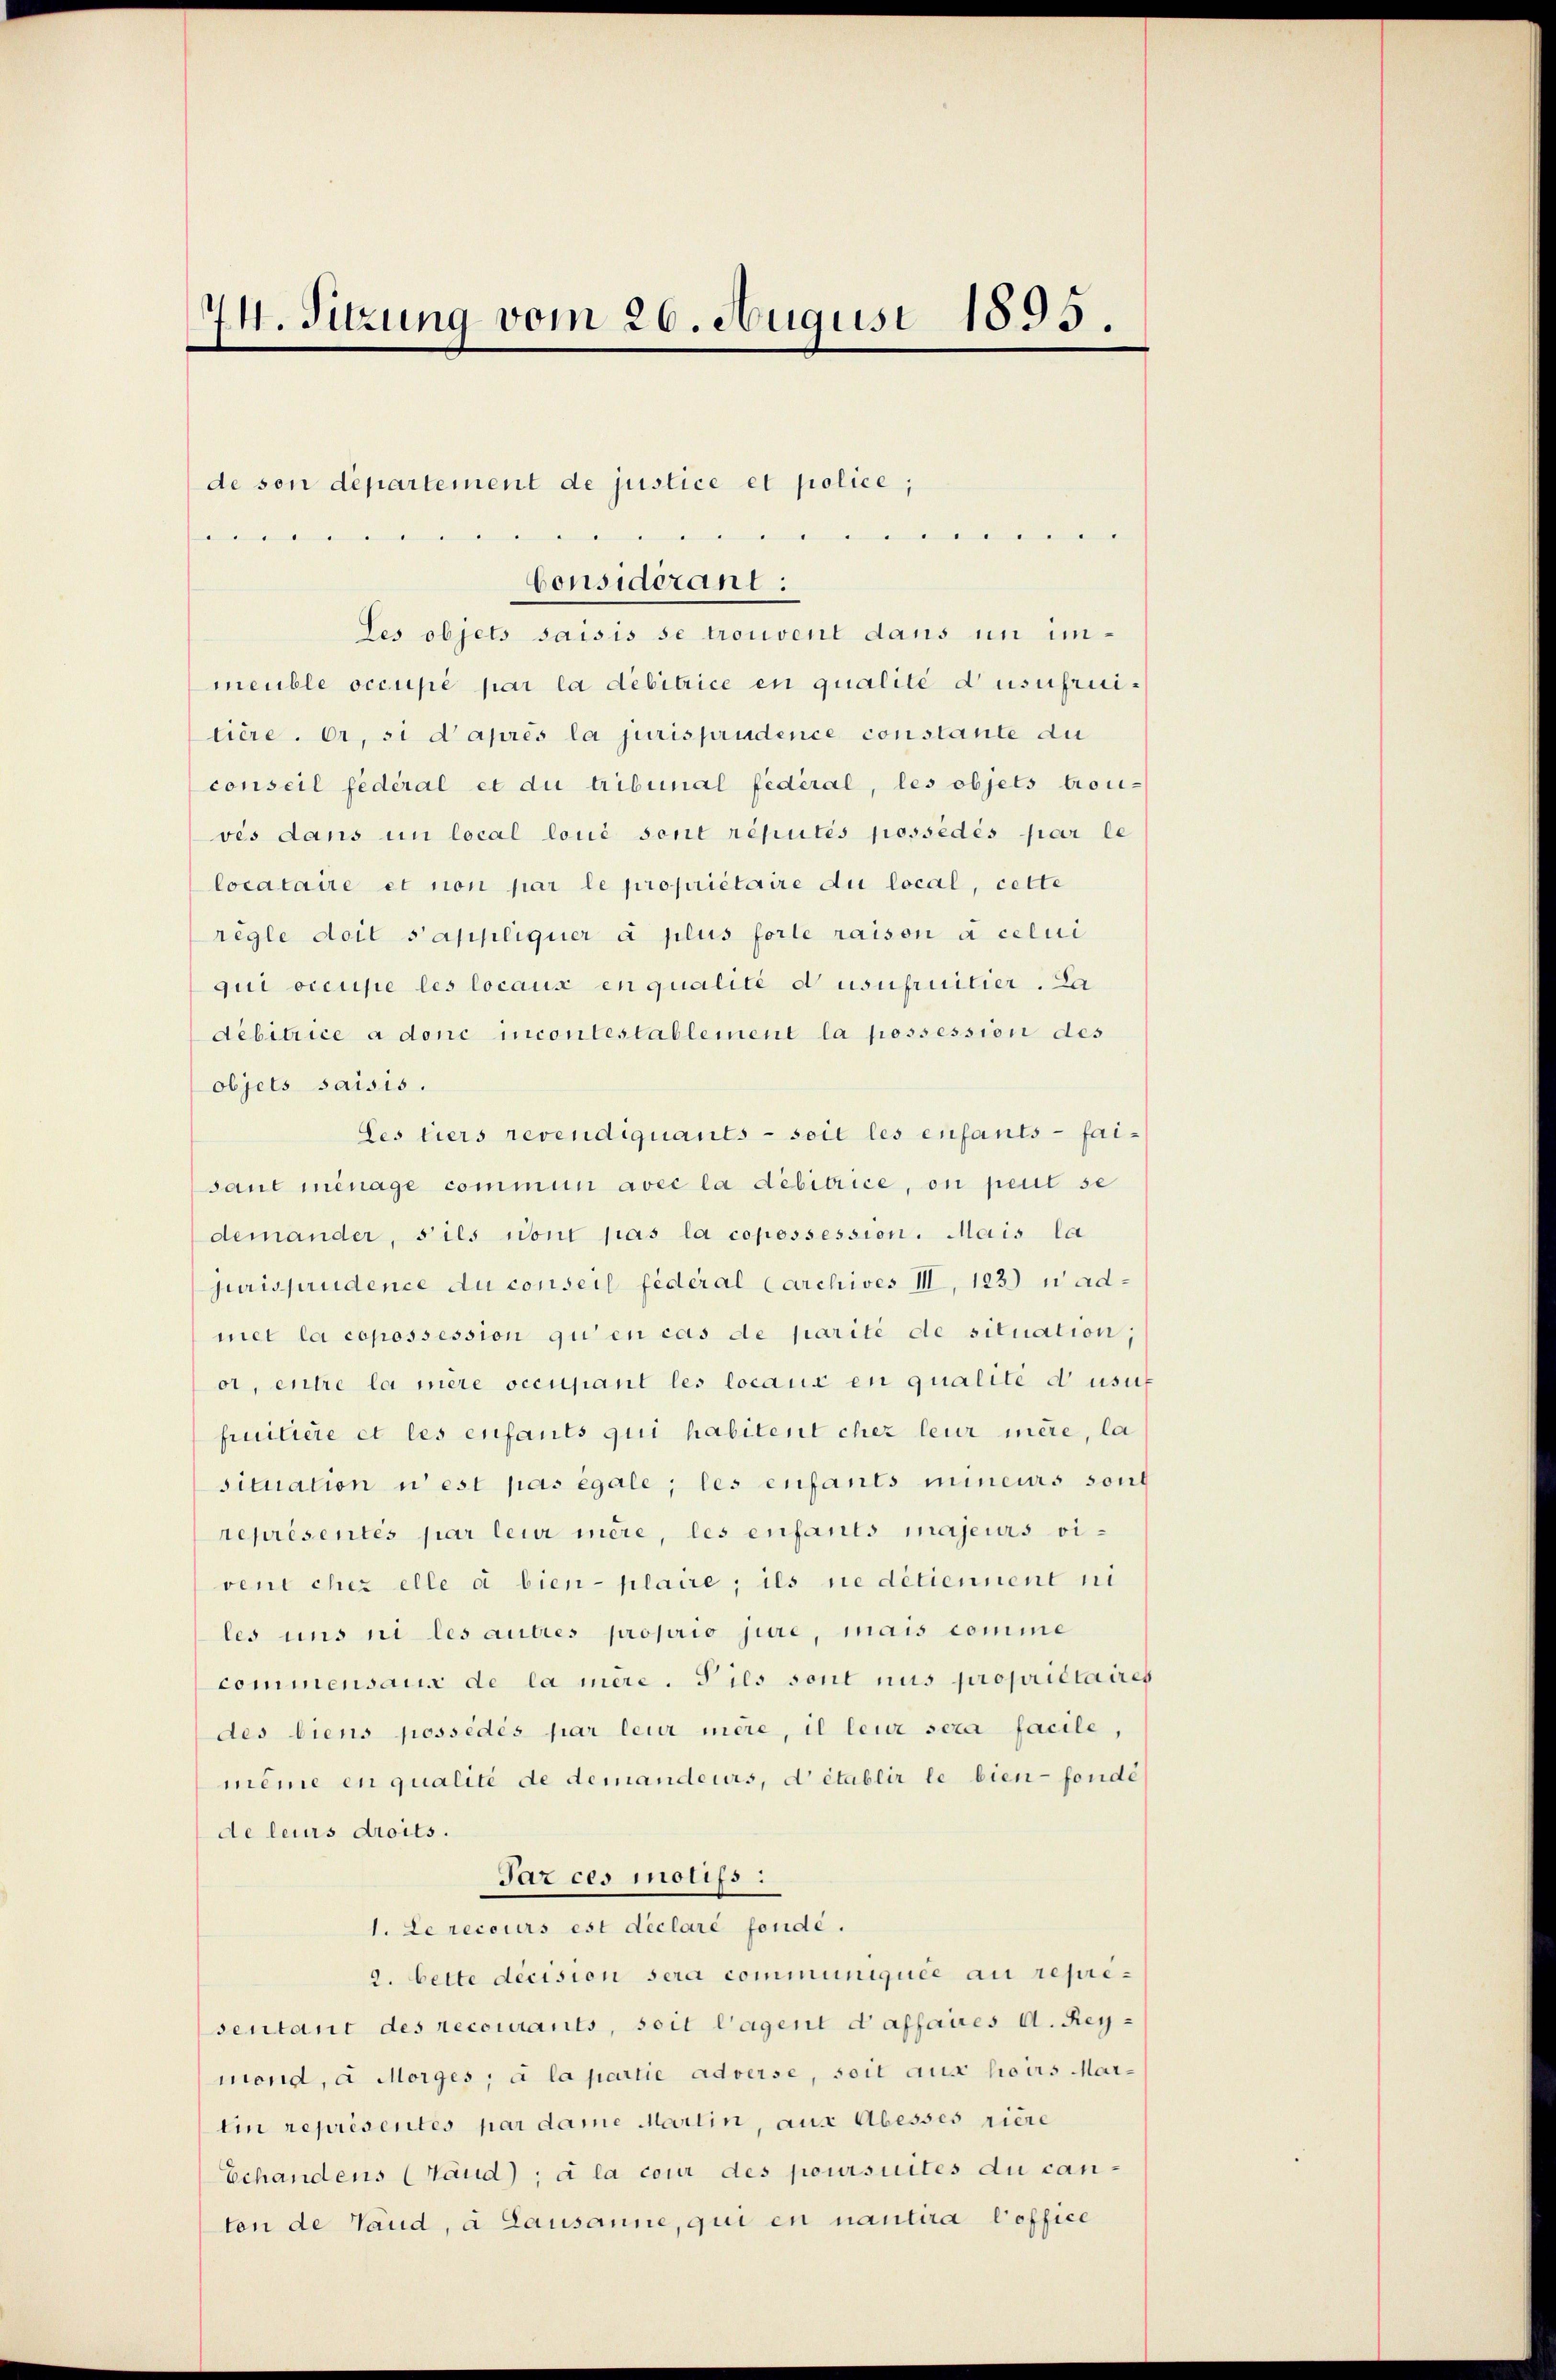
74. Sitzung vom 26. August 1895.

Les objets saisis se trouvent dans im immeuble occupé par la debitrice en qualité d’usufruitière. Er, si d’après la jurisprudence constante du
conseil fédéral et du tribunal fédéral, les objets trou-
vés dans in local loué sont réputés possédés par le
locataire et non par le propriétaire du local, cette
règle doit s’appliquer à plus forte raison à celui
qui occupe les locaux en qualité d usufruitier. Da
debitrice a donc incontestablement la possession des
objets saisis.
Les tiers revendiquants - soit les enfants - faisaut ménage commun avec la debitrice, on peut se
demander, s’ils sont pas la copessession. Mais la
jurisprudence du conseil fédéral Carchives III, 123) nadmet la copossession qu’en cas de parité de situation,
or, entre la mere occupant les locaux en qualité d’usuf
fruitiere et les enfants qui habitent chez leur mère, la
situation u est pas égale; les enfants mineurs sond
représentés par leur mère, les enfants majeurs vivent cher elle a bien- plaire; ils ne détiennent ni
les uns ni les autres proprio jure, mais comme
commensaus de la mère. Sies sont nus propriétaires
des biens possédés par leur mère, il leur sera facile,
même en qualité de demandeurs, d’établir le bien - fondé
de leurs droits.
Paz ces motifs :
1. Le recours est declaré fondé.
2. bette decision sera communiquée au representant des recourants, soit lagent daffaires A. Reymond, a Morges, à la partie adverse, soit aus hoirs Marlin représentés par dame Martin, aus Abesses riere
Echandens (Haud); à la cour des poursuites du can-
ton de Vaud, à Lausanne, qui en nantira l’office

de son departement de justice et police,
u
Considérant: